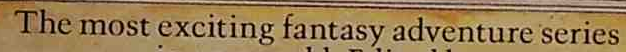
The most exciting fantasy adventure series